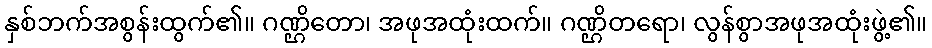
နှစ်ဘက်အစွန်းထွက်၏။ ဂဏ္ဌိတော၊ အဖုအထုံးထက်။ ဂဏ္ဌိတရော၊ လွန်စွာအဖုအထုံးဖွဲ့၏။